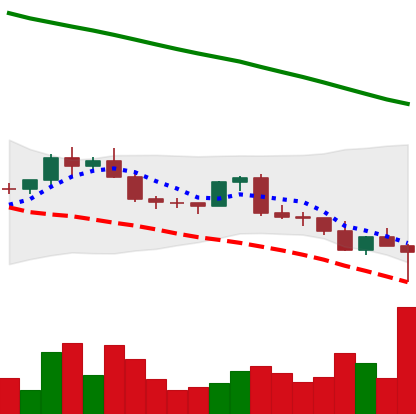
Ticker: EOS-USD
Chart end date: 2022-02-24
Forward return: 9.474%
Label: up_7plus